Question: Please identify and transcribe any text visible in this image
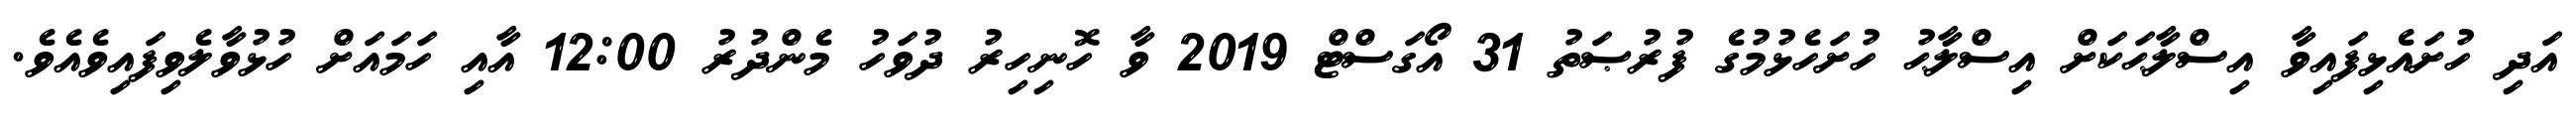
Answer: އަދި ހުށައެޅިފައިވާ އިސްލާޙަކަށް އިސްލާޙު ހުށަހެޅުމުގެ ފުރުޞަތު 31 އޯގަސްޓް 2019 ވާ ހޮނިހިރު ދުވަހު މެންދުރު 12:00 އާއި ހަމައަށް ހުޅުވާލެވިފައިވެއެވެ.